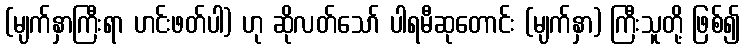
(မျက်နှာကြီးရာ ဟင်းဖတ်ပါ) ဟု ဆိုလတ်သော် ပါရမီဆုတောင်း (မျက်နှာ) ကြီးသူတို့ ဖြစ်၍